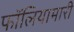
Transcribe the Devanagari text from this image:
फॉलियामारी